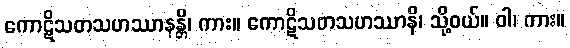
ကောဋိသတသဟဿာနန္တိ၊ ကား။ ကောဋိသတသဟဿာနိ၊ သို့ဝယ်။ ဝါ၊ ကား။